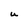
Character: U